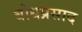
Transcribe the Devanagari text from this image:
बोधप्रसाद